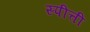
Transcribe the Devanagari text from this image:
स्पीत्ती